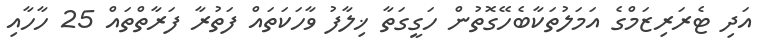
އަދި ޓެރަރިޒަމްގެ އަމަލުތަކާބެހޭގޮތުން ހަގީގަތާ ޚިލާފު ވާހަކަތައް ފަތުރާ ފަރާތްތައް 25 ހާހާއި